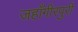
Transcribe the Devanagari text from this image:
जहाँगीरपुरी